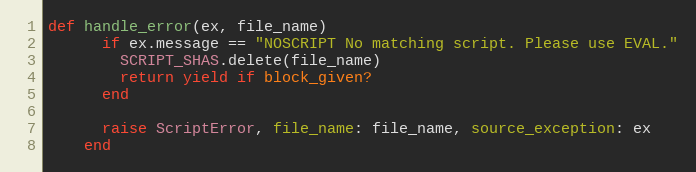
Language: Ruby
def handle_error(ex, file_name)
      if ex.message == "NOSCRIPT No matching script. Please use EVAL."
        SCRIPT_SHAS.delete(file_name)
        return yield if block_given?
      end

      raise ScriptError, file_name: file_name, source_exception: ex
    end